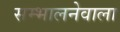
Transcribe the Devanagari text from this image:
सम्भालनेवाला